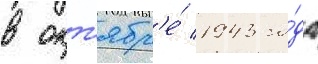
в окт'ябр'е́ 1943 го́да